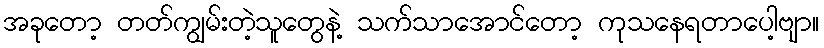
အခုတော့ တတ်ကျွမ်းတဲ့သူတွေနဲ့ သက်သာအောင်တော့ ကုသနေရတာပေါ့ဗျာ။